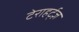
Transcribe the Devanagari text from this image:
टेराहर्ट्ज़